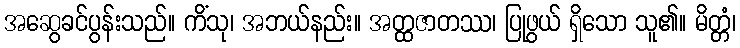
အဆွေခင်ပွန်းသည်။ ကိံသု၊ အဘယ်နည်း။ အတ္ထဇာတဿ၊ ပြုဖွယ် ရှိသော သူ၏။ မိတ္တံ၊